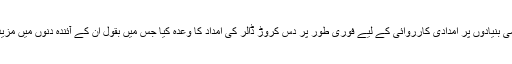
مسٹر اوباما نے ہنگامی بنیادوں پر امدادی کارروائی کے لیے فوری طور پر دس کروڑ ڈالر کی امداد کا وعدہ کیا جس میں بقول اُن کے آئندہ دنوں میں مزید اضافہ کیا جائے گا۔